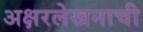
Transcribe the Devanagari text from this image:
अक्षरलेखनाची